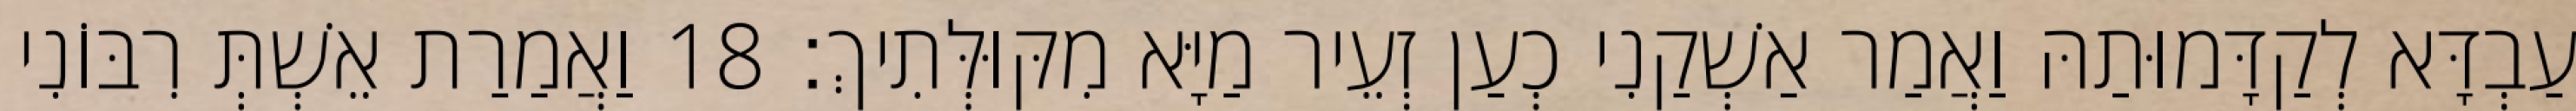
עַבְדָּא לְקַדָּמוּתַהּ וַאֲמַר אַשְׁקַנִי כְעַן זְעֵיר מַיָּא מִקּוּלְּתִיךְ׃ 18 וַאֲמַרַת אֵשְׁתְּ רִבּוֹנִי